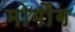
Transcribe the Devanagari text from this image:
मोगौंग